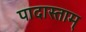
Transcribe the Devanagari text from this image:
पादास्ताम्